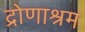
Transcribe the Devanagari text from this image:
द्रोणाश्रम